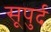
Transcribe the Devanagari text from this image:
सूपुर्द